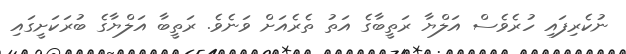
ނުކެރިފައި ހުރެވެސް އަލްޔާ ރަތީބާގެ އަތު ތެރެއަށް ވަނެވެ. ރަތީބާ އަލްޔާގެ ބުރަކަށީގައި